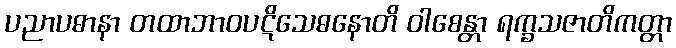
ပညာပဓာနာ တထာဘာဝပဋိသေဓနောတိ ဝါစေန္တာ ရက္ခသဇာတိကတ္တာ